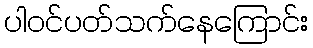
ပါဝင်ပတ်သက်နေကြောင်း